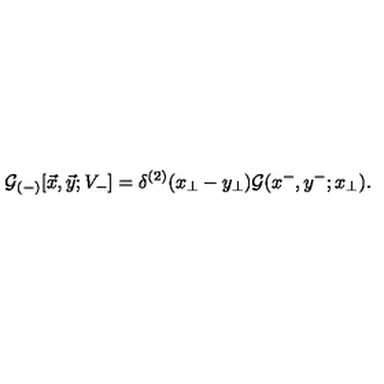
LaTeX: { \cal G } _ { ( - ) } [ \vec { x } , \vec { y } ; V _ { - } ] = \delta ^ { ( 2 ) } ( x _ { \perp } - y _ { \perp } ) { \cal G } ( x ^ { - } , y ^ { - } ; x _ { \perp } ) .